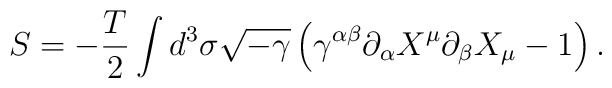
S = - \frac{T}{2}  \int d^3 \sigma \sqrt{-\gamma} \left(\gamma^{\alpha \beta} \partial_\alpha X^\mu \partial_\beta X_\mu -1\right).